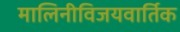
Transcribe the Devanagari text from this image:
मालिनीविजयवार्तिक